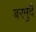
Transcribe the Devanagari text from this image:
बरमुदै